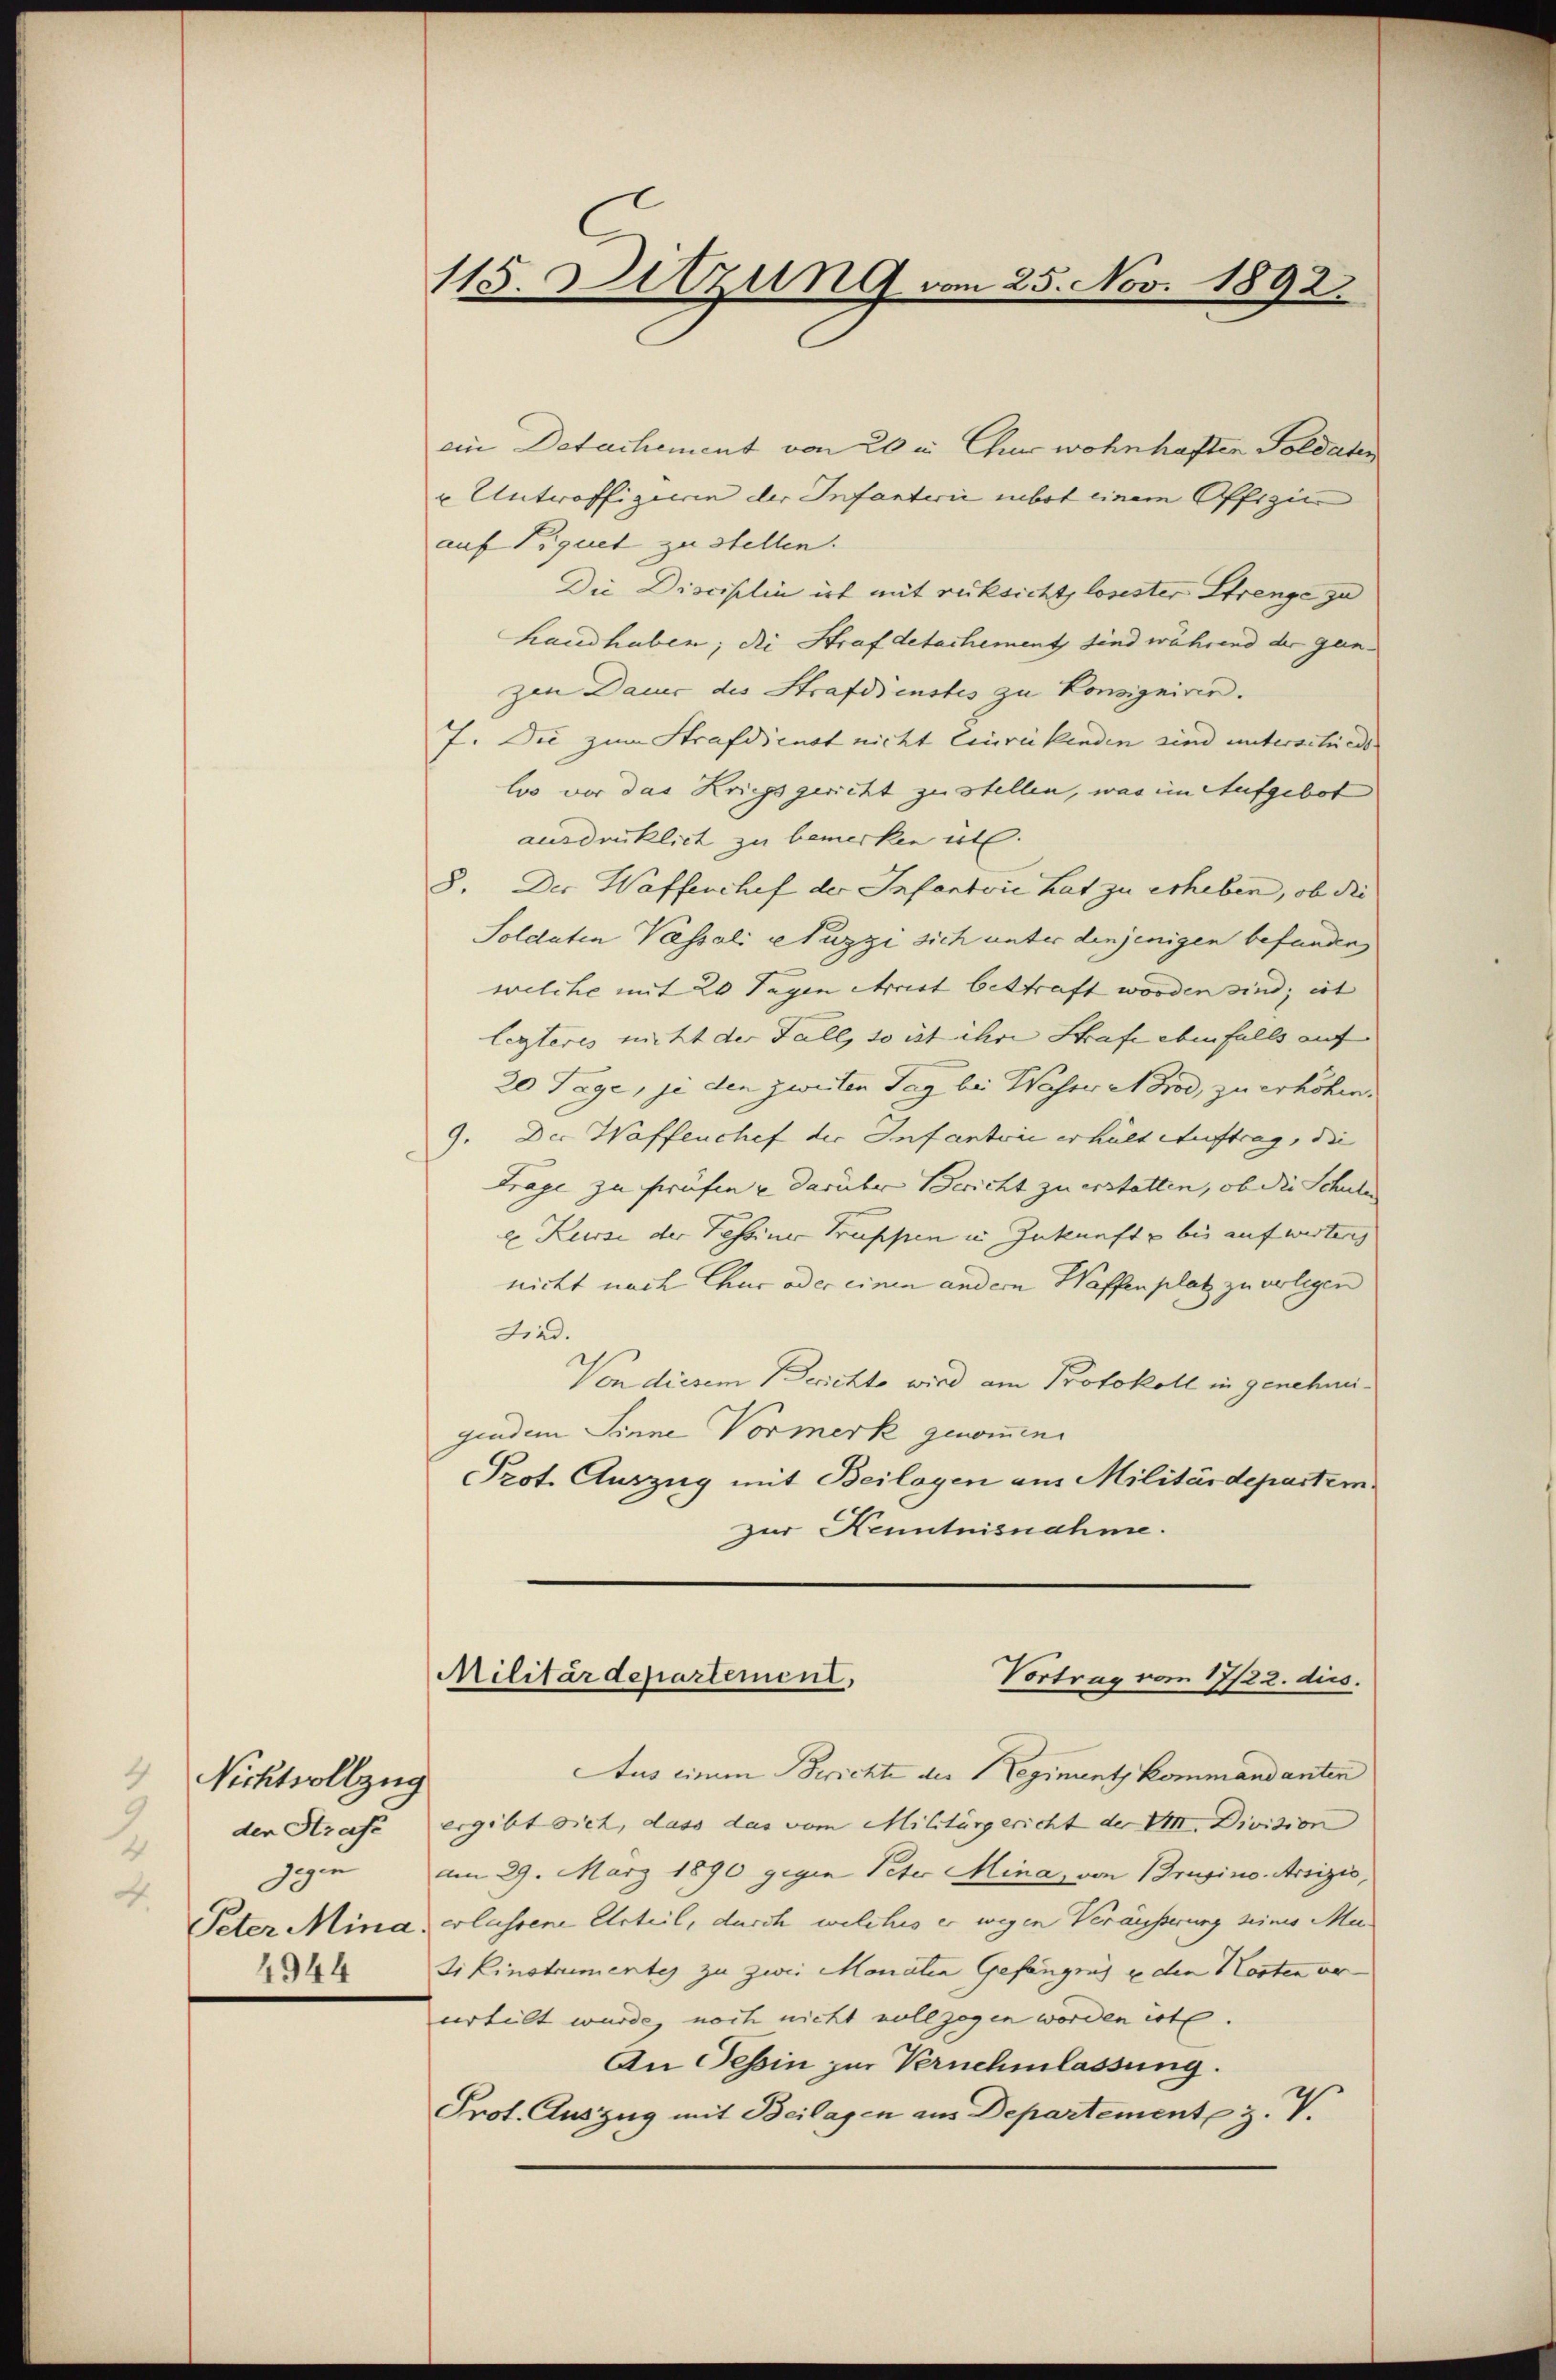
Nichtvollzug
den Strafe
du
4.
4944

115. Sitzung vom 25. Nov. 1892.

ein Detachement von 20 in Chur wohnhaften Soldaten
u Unteroffigierin der Infanterii bot einem Offizier
auf Tiquet zu stellen.
Die Disciplin ist mit rüksicht, losester Strenge zu
handhaben; die Straf detachement sind während der ganzen Dauer des Strafdienstes zu Konsigniren.
7. Die zum Strafdienst nicht Einrükenden sind unterschieder
loo vor das Kriegsgericht zustellen, was im Aufgebot
ausdrücklich zu bemerken ist.
8. Der Waffenchef der Infantvić hat zu erheben, ob die
Soldaten Passali Nuzzi sich unter denjenigen befunden
welche mit 20 Tagen Arist bestraft worden sind; ist
legteres nicht der Fall, so ist ihre Strafe ebenfalls auf
20 Tage, je den zweiten Tag bei Wasser Norod, zu erhöhen.
9. Der Waffenchef der Infantone erhält Auftrag, die
Frage zu prüfen u darüber Bericht zu erstatten, ob die Schule
e Kurse der Tessiner Truppen in Zukunft u bis auf wisten,
nicht nach Chur oder einen andern Waffenplatz zu verlegen
Grad.
Von diesem Berichte wird am Protokoll in genehmigindem Sinne Vormerk genommen.
PProt. Auszug mit Beilagen aus Militärdepartem
zur Kenntnisnahme.

Militärdepartement,
Vortrag vom 17/22. dies.

Aus einem Berichte der Regiment kommandanten
ergibt sich, dass das vom Militärgericht der VIII. Division
am 29. März 1890 gegen Peter Mina, von Brasino. Assizić,
Peter Mina, erlassene Urteil, durch welches er wegen Veräusserung seines Mutikinstrumentes zu zwei Monaten Gefängnis u den Kosten ve
urteilt wurde, noch nicht vollzogen worden ist.
An Tessin zur Vernehmlassung.
Prot. Auszug mit Beilagen aus Departement z. V.